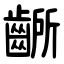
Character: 齭